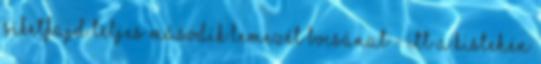
Siketfajd teljes második lemezét Bocsánat - Itt a Kistehén